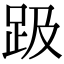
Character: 趿